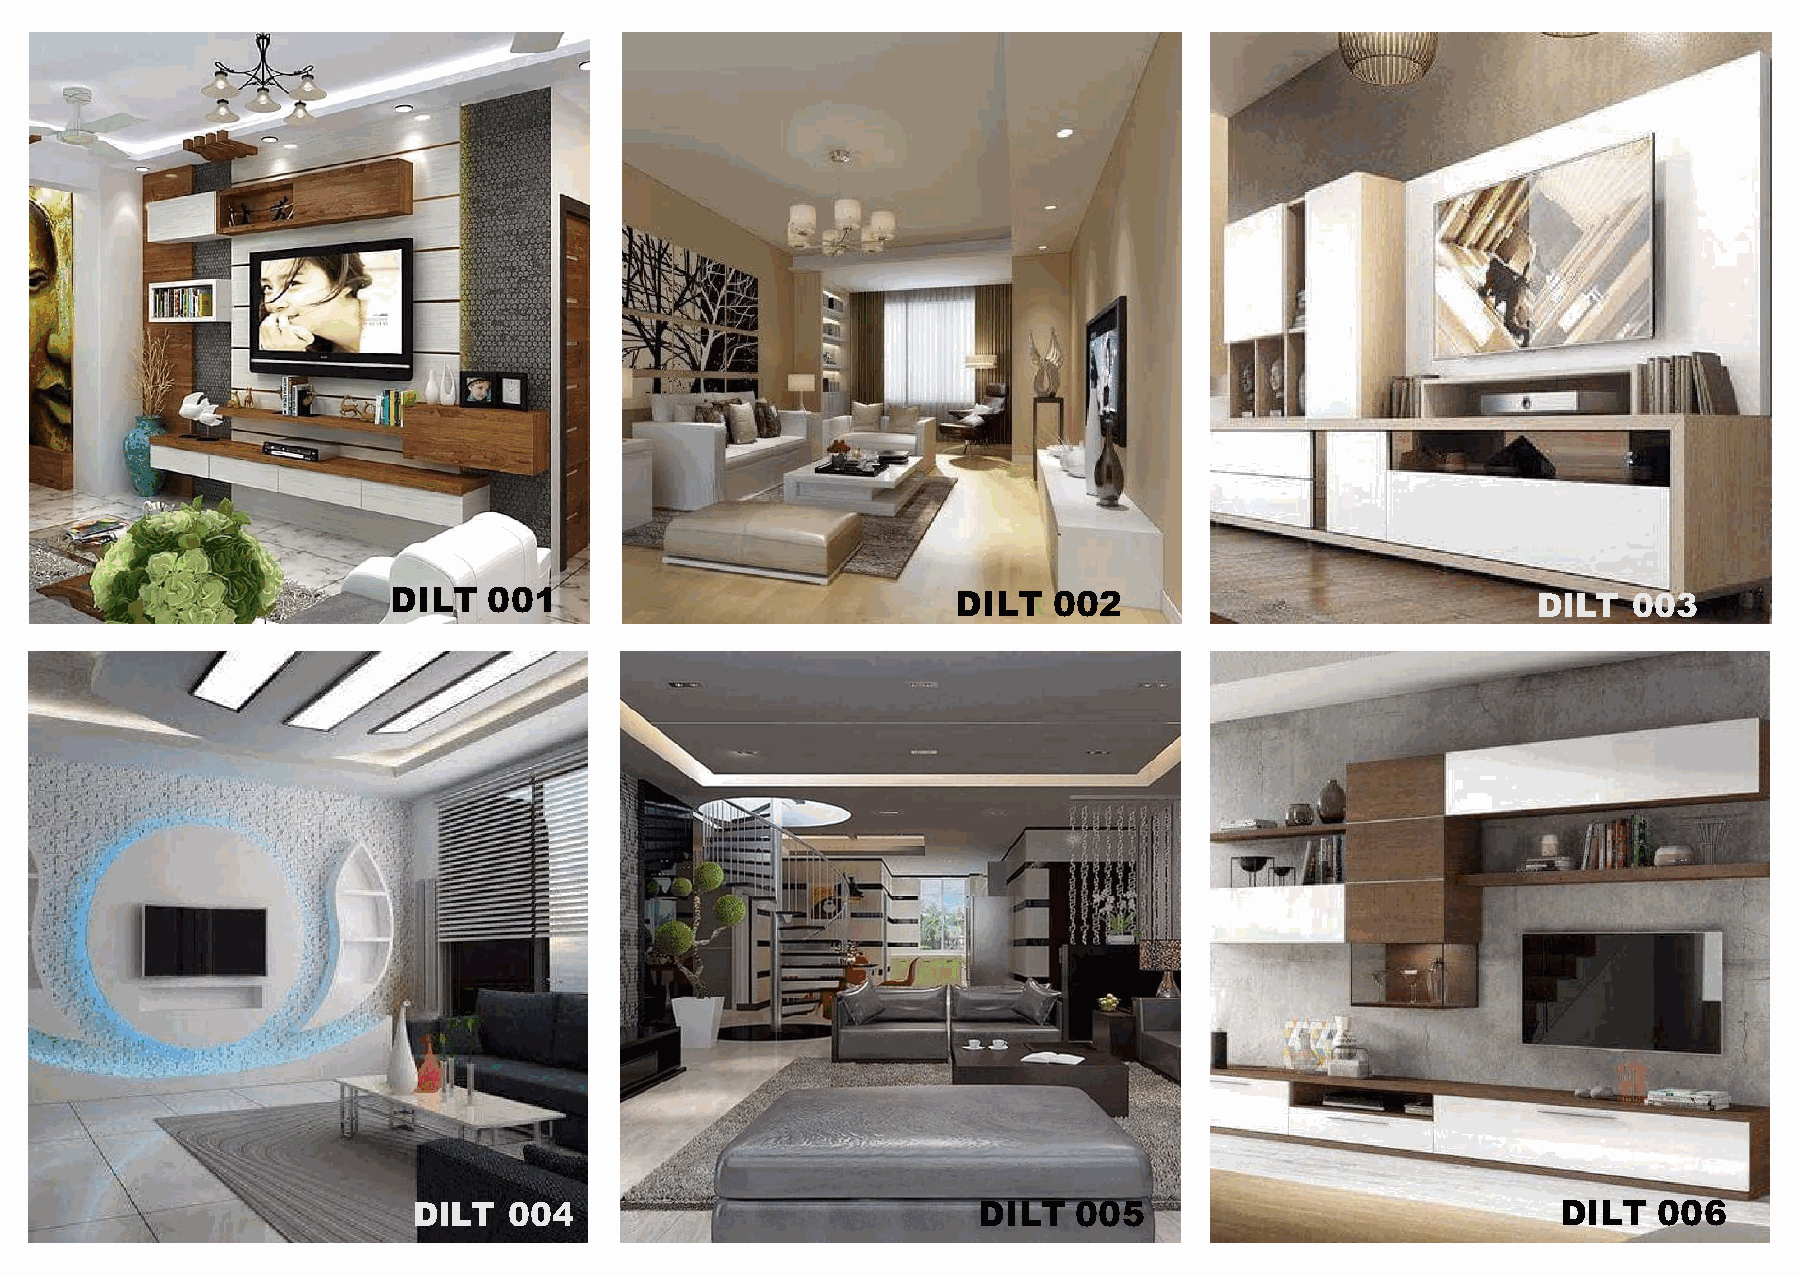
DILT  001                            DILT   002                             DILT  003
 DILT   004                            DILT  005                             DILT   006